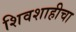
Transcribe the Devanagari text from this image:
शिवशाहीचा